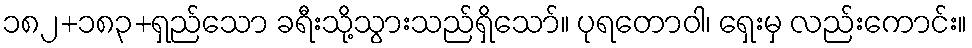
၁၈၂+၁၈၃+ရှည်သော ခရီးသို့သွားသည်ရှိသော်။ ပုရတောဝါ၊ ရှေးမှ လည်းကောင်း။